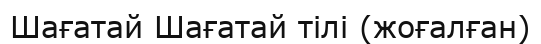
Шағатай Шағатай тілі (жоғалған)